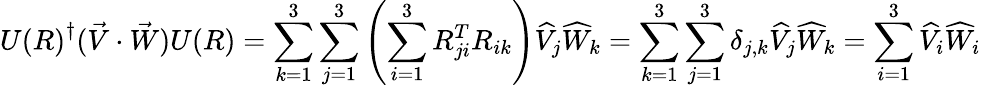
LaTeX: {U(R)}^{\dagger}({\vec{V}}\cdot{\vec{W}})U(R)=\sum_{k=1}^{3}\sum_{j=1}^{3}\left(\sum_{i=1}^{3}R_{ji}^{T}R_{ik}\right){\widehat{V}}_{j}{\widehat{W}}_{k}=\sum_{k=1}^{3}\sum_{j=1}^{3}\delta_{j,k}{\widehat{V}}_{j}{\widehat{W}}_{k}=\sum_{i=1}^{3}{\widehat{V}}_{i}{\widehat{W}}_{i}